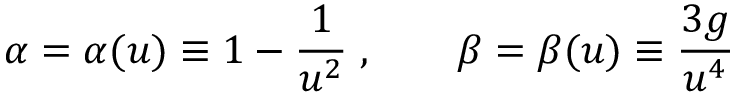
\alpha = \alpha ( u ) \equiv 1 - \frac { 1 } { u ^ { 2 } } \; , \qquad \beta = \beta ( u ) \equiv \frac { 3 g } { u ^ { 4 } }